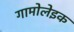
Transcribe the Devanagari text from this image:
गामोलेइक